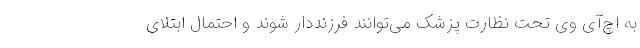
به اچ‌آی وی تحت نظارت پزشک می‌توانند فرزنددار شوند و احتمال ابتلای